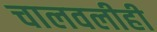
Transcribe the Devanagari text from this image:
चालवलीही